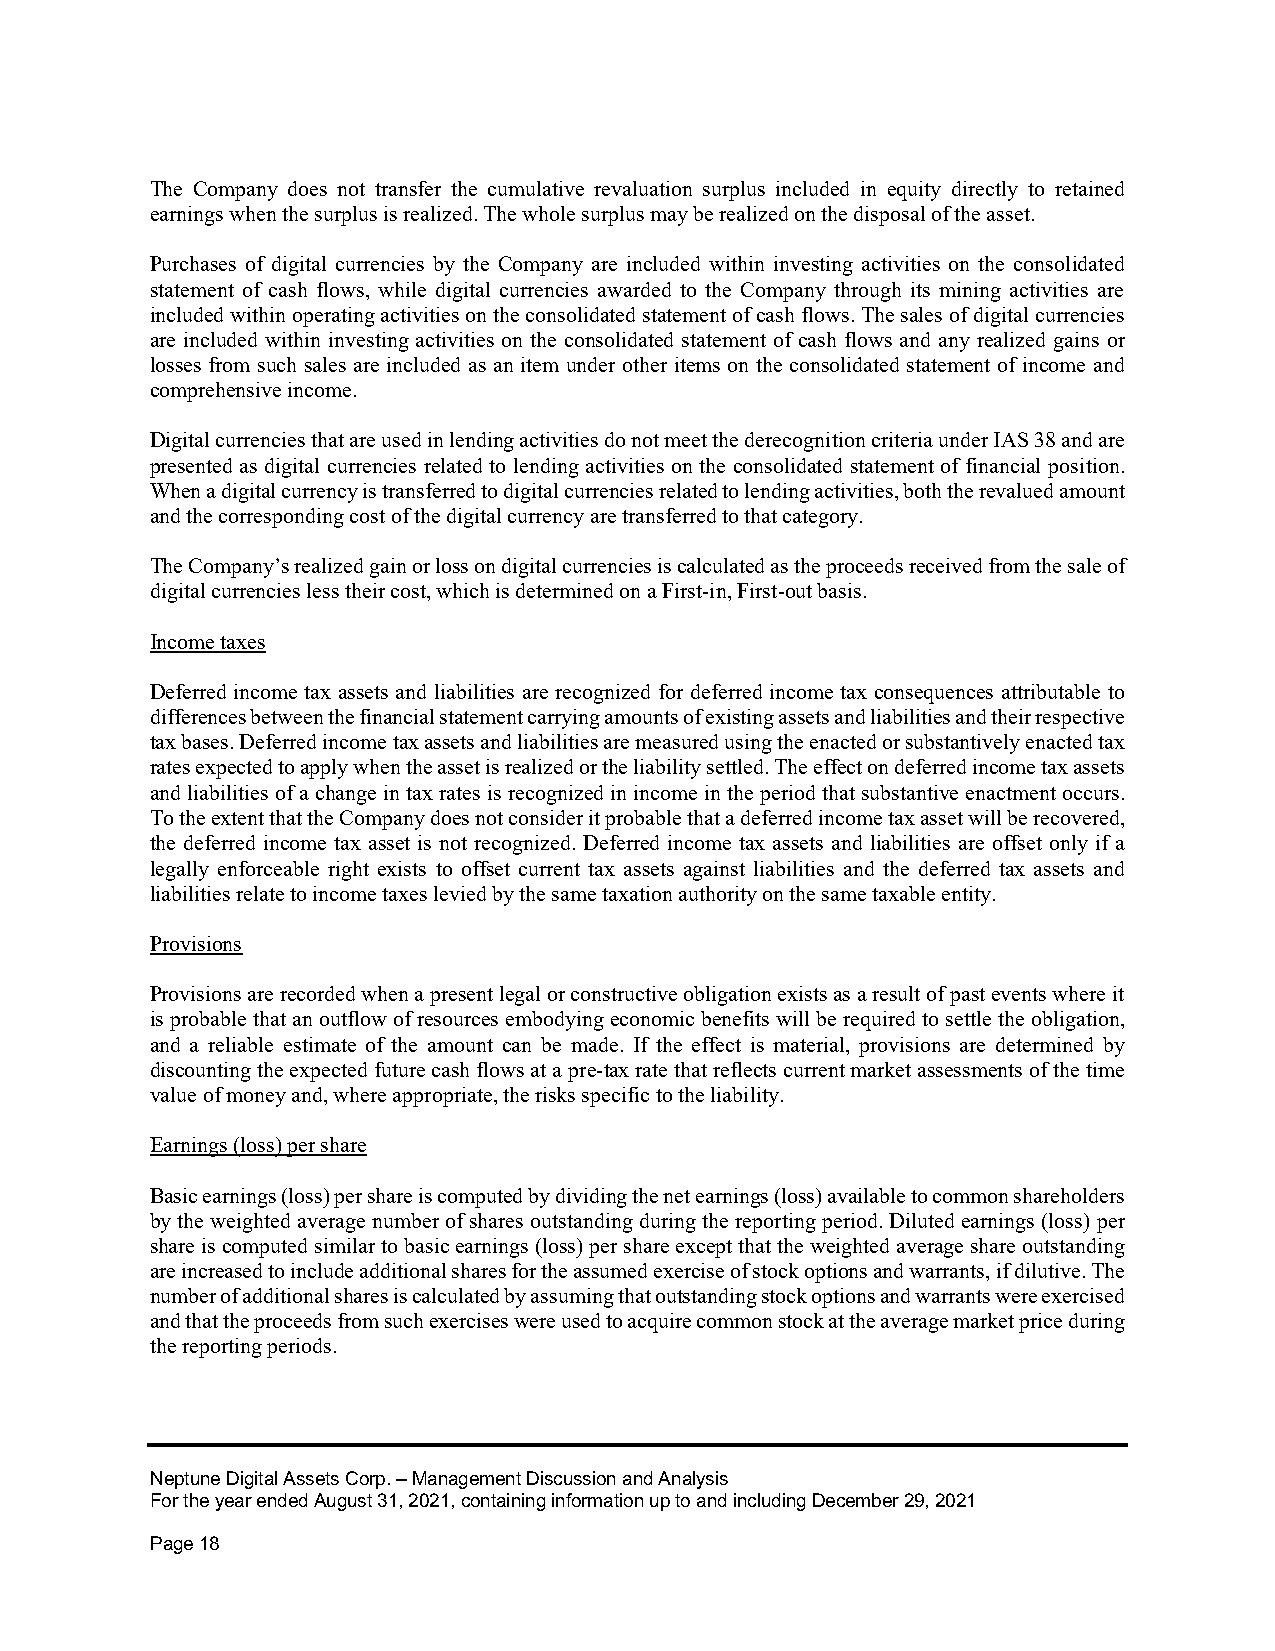
The Company does not transfer the cumulative revaluation surplus included in equity directly to retained
 earnings when the surplus is realized. The whole surplus may be realized on the disposal of the asset.
 Purchases of digital currencies by the Company are included within investing activities on the consolidated
 statement of cash flows, while digital currencies awarded to the Company through its mining activities are
 included within operating activities on the consolidated statement of cash flows. The sales of digital currencies
 are included within investing activities on the consolidated statement of cash flows and any realized gains or
 losses from such sales are included as an item under other items on the consolidated statement of income and
 comprehensive income.
 Digital currencies that are used in lending activities do not meet the derecognition criteria under IAS 38 and are
 presented as digital currencies related to lending activities on the consolidated statement of financial position.
 When a digital currency is transferred to digital currencies related to lending activities, both the revalued amount
 and the corresponding cost of the digital currency are transferred to that category.
 The Company’s realized gain or loss on digital currencies is calculated as the proceeds received from the sale of
 digital currencies less their cost, which is determined on a First-in, First-out basis.
 Income taxes
 Deferred income tax assets and liabilities are recognized for deferred income tax consequences attributable to
 differences between the financial statement carrying amounts of existing assets and liabilities and their respective
 tax bases. Deferred income tax assets and liabilities are measured using the enacted or substantively enacted tax
 rates expected to apply when the asset is realized or the liability settled. The effect on deferred income tax assets
 and liabilities of a change in tax rates is recognized in income in the period that substantive enactment occurs.
 To the extent that the Company does not consider it probable that a deferred income tax asset will be recovered,
 the deferred income tax asset is not recognized. Deferred income tax assets and liabilities are offset only if a
 legally enforceable right exists to offset current tax assets against liabilities and the deferred tax assets and
 liabilities relate to income taxes levied by the same taxation authority on the same taxable entity.
 Provisions
 Provisions are recorded when a present legal or constructive obligation exists as a result of past events where it
 is probable that an outflow of resources embodying economic benefits will be required to settle the obligation,
 and a reliable estimate of the amount can be made. If the effect is material, provisions are determined by
 discounting the expected future cash flows at a pre-tax rate that reflects current market assessments of the time
 value of money and, where appropriate, the risks specific to the liability.
 Earnings (loss) per share
 Basic earnings (loss) per share is computed by dividing the net earnings (loss) available to common shareholders
 by the weighted average number of shares outstanding during the reporting period. Diluted earnings (loss) per
 share is computed similar to basic earnings (loss) per share except that the weighted average share outstanding
 are increased to include additional shares for the assumed exercise of stock options and warrants, if dilutive. The
 number of additional shares is calculated by assuming that outstanding stock options and warrants were exercised
 and that the proceeds from such exercises were used to acquire common stock at the average market price during
 the reporting periods.
 Neptune Digital Assets Corp. – Management Discussion and Analysis
 For the year ended August 31, 2021, containing information up to and including December 29, 2021
 Page 18